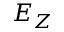
E _ { Z }